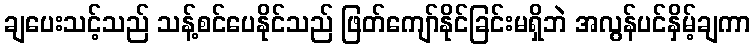
ချပေးသင့်သည် သန့်စင်ပေနိုင်သည် ဖြတ်ကျော်နိုင်ခြင်းမရှိဘဲ အလွန်ပင်နှိမ့်ချကာ